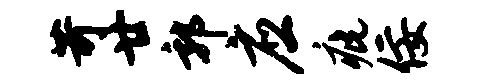
苛廿郭应疵佞